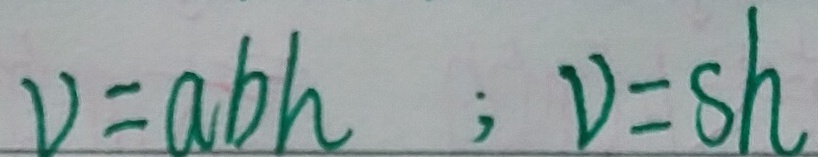
V = a b h ; V = s h